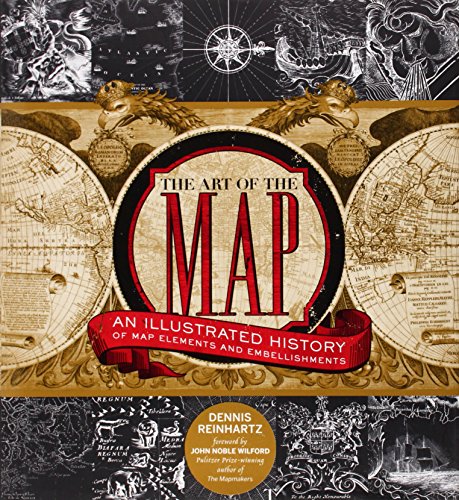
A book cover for The Art of the Map: An Illustrated History of Map Elements and Embellishments; Dennis Reinhartz; Science & Math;